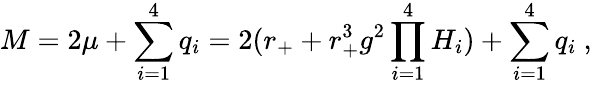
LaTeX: M=2\mu+\sum_{i=1}^{4}q_{i}=2(r_{+}+r_{+}^{3}g^{2}\prod_{i=1}^{4}H_{i})+\sum_{i=1}^{4}q_{i}\ ,